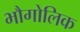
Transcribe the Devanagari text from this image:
भौगोलिक